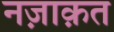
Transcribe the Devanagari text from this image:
नज़ाक़त